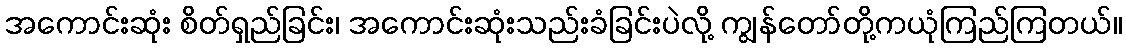
အကောင်းဆုံး စိတ်ရှည်ခြင်း၊ အကောင်းဆုံးသည်းခံခြင်းပဲလို့ ကျွန်တော်တို့ကယုံကြည်ကြတယ်။